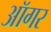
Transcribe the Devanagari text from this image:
ऑगर